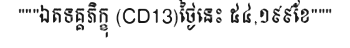
"""ឯតទគ្គភិក្ខុ (CD13)ថ្ងៃនេះ ៥៤,១៩៩ខែ"""